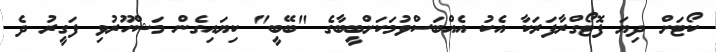
ކޯޓަށް ދިޔަ ފޮޓޯގްރާފަރަކާ އެކު އެއްބަސްވުމަކަށްބީބާގެ "ބޭބީ" ކިޔައިގެން މަޝްހޫރުވި ފަގީރު ދެ